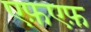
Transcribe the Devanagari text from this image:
एफ़एफ़